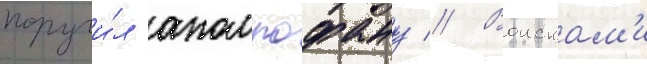
поручи́л аполлофану // Воискам'и